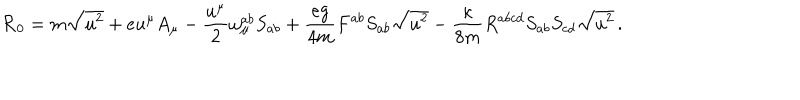
LaTeX: { \cal R } _ { 0 } = m \sqrt { u ^ { 2 } } + e u ^ { \mu } A _ { \mu } - \frac { u ^ { \mu } } { 2 } { \omega } _ { \mu } ^ { a b } S _ { a b } + \frac { e g } { 4 m } F ^ { a b } S _ { a b } \sqrt { u ^ { 2 } } - \frac { \kappa } { 8 m } R ^ { a b c d } S _ { a b } S _ { c d } \sqrt { u ^ { 2 } } \, .